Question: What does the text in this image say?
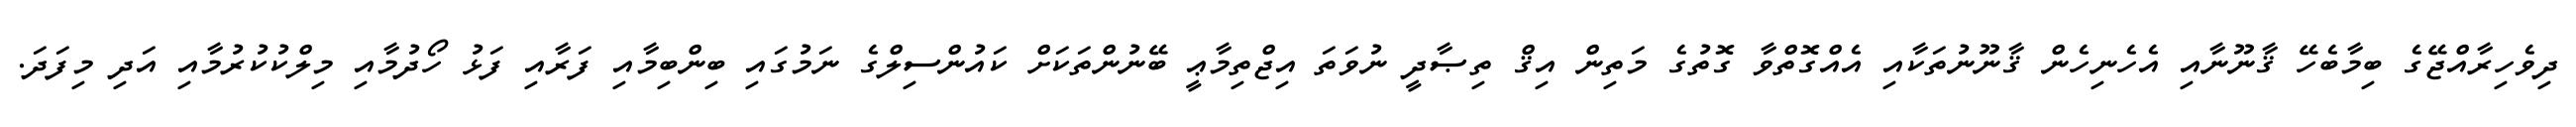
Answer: ދިވެހިރާއްޖޭގެ ބިމާބެހޭ ޤާނޫނާއި އެހެނިހެން ޤާނޫނުތަކާއި އެއްގޮތްވާ ގޮތުގެ މަތިން އިޤް ތިޞާދީ ނުވަތަ އިޖްތިމާޢީ ބޭނުންތަކަށް ކައުންސިލްގެ ނަމުގައި ބިންބިމާއި ފަރާއި ފަޅު ހޯދުމާއި މިލްކުކުރުމާއި އަދި މިފަދަ.